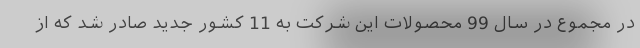
در مجموع در سال 99 محصولات این شرکت به 11 کشور جدید صادر شد که از